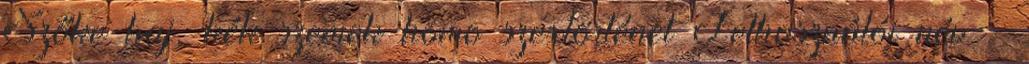
Szőke haj, kék szemek homo szextörténet Felhasználói név